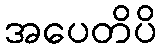
အပေတိပိ